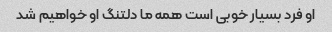
او فرد بسیار خوبی است همه ما دلتنگ او خواهیم شد